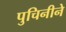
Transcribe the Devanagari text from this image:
पुचिनीने